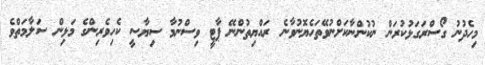
މިހެދުނު ގޯސްރަގަޅުކުރަން ނުކުންނާކަށްނުވޭތަހެޔޮނުވާނެ ރައްޔިތުންނޭ ޕާޓީ ވިސްނުމާ ސިޔާސީ ކެހިވެރިންގެ މަޅިން ސަލާމަތްވެ